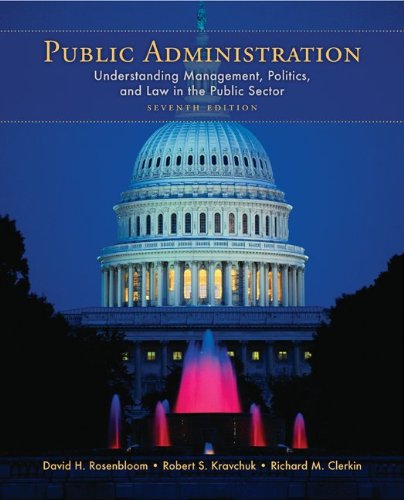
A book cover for Public Administration: Understanding Management, Politics, and Law in the Public Sector; David Rosenbloom; Law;